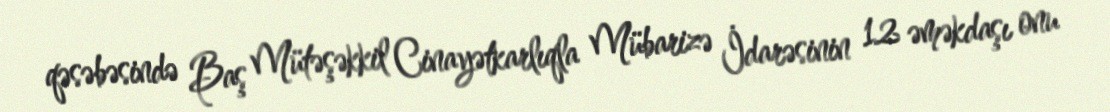
qəsəbəsində Baş Mütəşəkkil Cinayətkarlıqla Mübarizə İdarəsinin 12 əməkdaşı onu